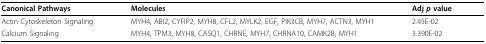
| Canonical Pathways | Molecules | Adj p value |
 | --- | --- | --- |
 | Actin Cytoskeleton Signaling | MYH4, ABI2, CYFIP2, MYH8, CFL2, MYLK2, EGF, PIK3CB, MYH7, ACTN3, MYH1 | 2.45E-02 |
 | Calcium Signaling | MYH4, TPM3, MYH8, CASQ1, CHRNE, MYH7, CHRNA10, CAMK2B, MYH1 | 3.390E-02 |